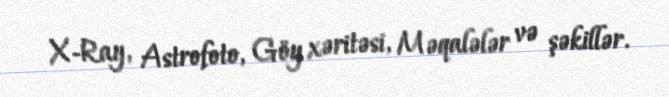
X-Ray, Astrofoto, Göy xəritəsi, Məqalələr və şəkillər.